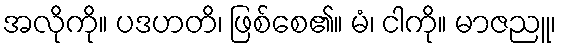
အလိုကို။ ပဒဟတိ၊ ဖြစ်စေ၏။ မံ၊ ငါကို။ မာဇညူ၊